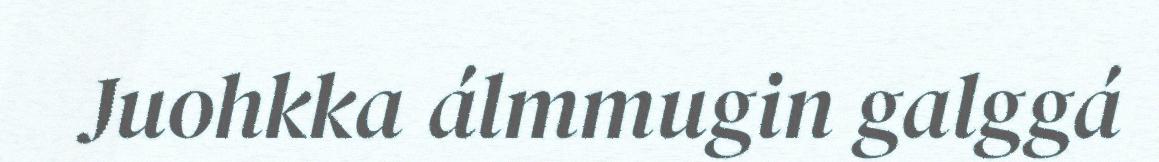
Juohkka álmmugin galggá